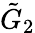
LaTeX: {\tilde{G}}_{2}